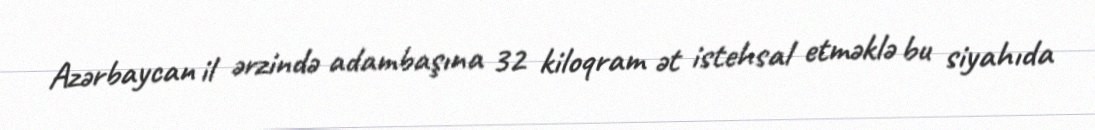
Azərbaycan il ərzində adambaşına 32 kiloqram ət istehsal etməklə bu siyahıda